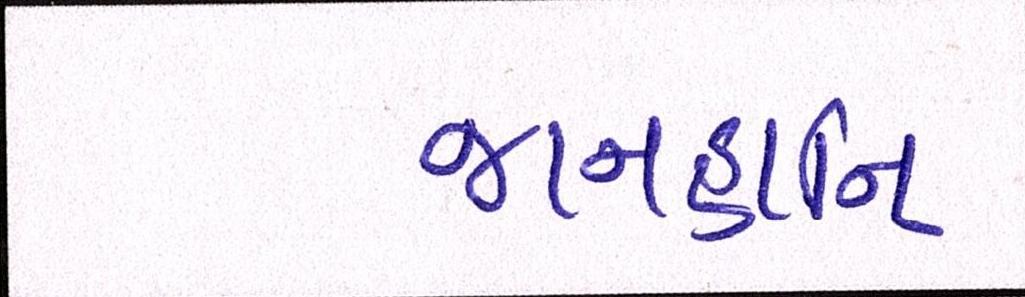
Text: જાનહાનિ